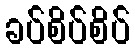
ခပ်စိပ်စိပ်